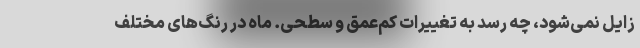
زایل نمی‌شود، چه رسد به تغییرات کم‌عمق‌ و سطحی. ماه در رنگ‌های مختلف